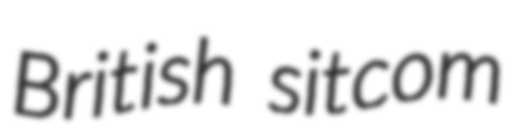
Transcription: British sitcom